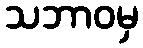
သဘာဝမှ